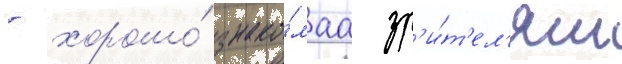
- хорошо́ знако́маа зр'и́т'ел'ям